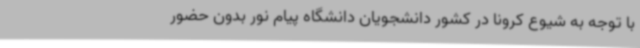
با توجه به شیوع کرونا در کشور دانشجویان دانشگاه پیام نور بدون حضور